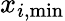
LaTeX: x_{i,\mathrm{min}}